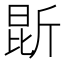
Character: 𭯐